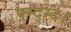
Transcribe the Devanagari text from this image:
फ्म्द्ग्द।